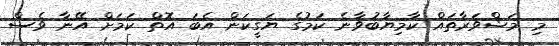
މި މަޝްވަރާތައް ކާމިޔާބުވާނެ ކަމުގެ ޔަގީކަން އެބަ އޮތް ކަމަށް އޭނާ ވެސް